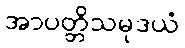
အာပတ္တိသမုဒယံ